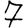
Digit: 7